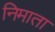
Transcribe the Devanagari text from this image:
निमाता